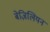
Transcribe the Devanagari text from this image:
बेज़िलियन